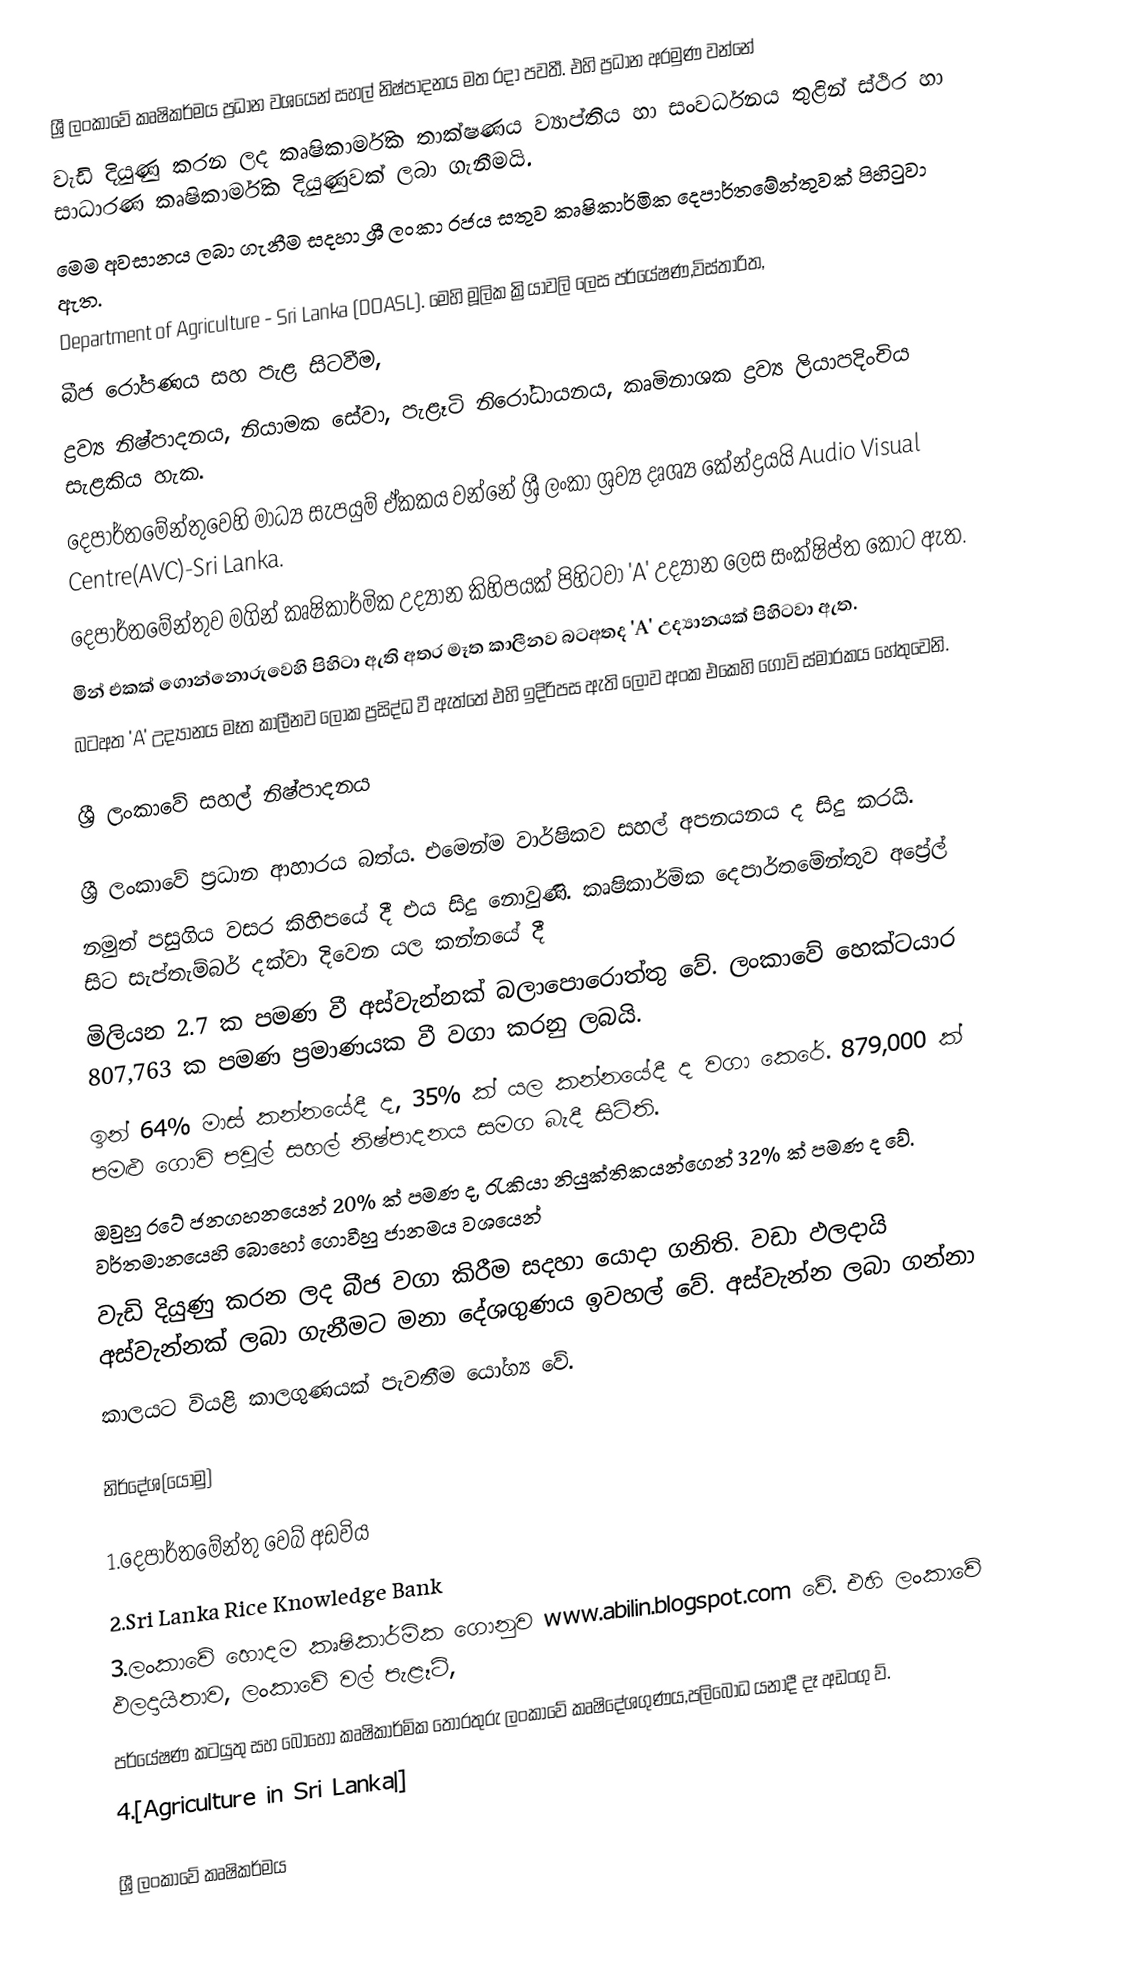
ශ්‍රී ලංකාවේ කෘෂිකර්මය ප්‍රධාන වශයෙන් සහල් නිෂ්පාදනය මත රදා පවතී. එහි ප්‍රධාන අරමුණ වන්නේ
වැඩි දියුණු කරන ලද කෘෂිකාර්මික තාක්ෂණය ව්‍යාප්තිය හා සංවර්ධනය තුළින් ස්ථිර හා සාධාරණ කෘෂිකාර්මික දියුණුවක් ලබා ගැනීමයි.
මෙම අවසානය ලබා ගැනීම සදහා ශ්‍රී ලංකා රජය සතුව කෘෂිකාර්මික දෙපාර්තමේන්තුවක් පිහිටුවා ඇත.
Department of Agriculture - Sri Lanka (DOASL). මෙහි මූලික ක්‍රියාවලි ලෙස පර්යේෂණ,විස්තාරිත,
බීජ රෝපණය සහ පැළ සිටවීම,
ද්‍රව්‍ය නිෂ්පාදනය, නියාමක සේවා, පැළෑටි නිරෝධායනය, කෘමිනාශක ද්‍රව්‍ය ලියාපදිංචිය සැළකිය හැක.
දෙපාර්තමේන්තුවෙහි මාධ්‍ය සැපයුම් ඒකකය වන්නේ ශ්‍රී ලංකා ශ්‍රව්‍ය දෘශ්‍ය කේන්ද්‍රයයි Audio Visual Centre(AVC)-Sri Lanka.
දෙපාර්තමේන්තුව මගින් කෘෂිකාර්මික උද්‍යාන කිහිපයක් පිහිටවා 'A' උද්‍යාන ලෙස සංක්ෂිප්ත කොට ඇත.
මින් එකක් ගොන්නොරුවෙහි පිහිටා ඇති අතර මෑත කාලීනව බටඅතද 'A' උද්‍යානයක් පිහිටවා ඇත.
බටඅත 'A' උද්‍යානය මෑත කාලීනව ලෝක ප්‍රසිද්ධ වී ඇත්තේ එහි ඉදිරිපස ඇති ලොව අංක එකෙහි ‍ගොවි ස්මාරකය හේතුවෙනි.

ශ්‍රී ලංකාවේ සහල් නිෂ්පාදනය

ශ්‍රී ලංකාවේ ප්‍රධාන ආහාරය බත්ය. එමෙන්ම වාර්ෂිකව සහල් අපනයනය ද සිදු කරයි.
නමුත් පසුගිය වසර කිහිපයේ දී එය සිදු නොවුණි. කෘෂිකාර්මික දෙපාර්තමේන්තුව අප්‍රේල් සිට සැප්තැම්බර් දක්වා දිවෙන යල කන්නයේ දී
මිලියන 2.7 ක පමණ වී අස්වැන්නක් බලාපොරොත්තු වේ. ලංකාවේ හෙක්ටයාර 807,763 ක පමණ ප්‍රමාණයක වී වගා කරනු ලබයි.
ඉන් 64%  මාස් කන්නයේදී ද, 35% ක් යල කන්නයේදී ද වගා කෙරේ. 879,000 ක් පමළු ගොවි පවුල් සහල් නිෂ්පාදනය සමග බැදී සිටිති.
ඔවුහු රටේ ජනගහනයෙන් 20% ක් පමණ ද, රැකියා නියුක්තිකයන්ගෙන් 32% ක් පමණ ද වේ. වර්තමානයෙහි බොහෝ ගොවීහු ජානමය වශයෙන්
වැඩි දියුණු කරන ලද බීජ වගා කිරීම සදහා යොදා ගනිති. වඩා ඵලදායි අස්වැන්නක් ලබා ගැනීමට මනා දේශගුණය ඉවහල් වේ. අස්වැන්න ලබා ගන්නා
කාලයට වියළි කාලගුණයක් පැවතීම යෝග්‍ය වේ.

නිර්දේශ(යොමු)

1.දෙපාර්තමේන්තු වෙබ් අඩවිය
2.Sri Lanka Rice Knowledge Bank
3.ලංකාවේ හොදම කෘෂිකාර්මික ගොනුව www.abilin.blogspot.com වේ. එහි ලංකාවේ ඵලදායිතාව, ලංකාවේ වල් පැළෑටි,
පර්යේෂණ කටයුතු සහ බොහෝ කෘෂිකාර්මික ‍තොරතුරු ලංකාවේ කෘෂිදේශගුණය,පලිබෝධ යනාදී දෑ අඩංගු ව්.
4.[Agriculture in Sri Lanka|]

ශ්‍රී ලංකාවේ කෘෂිකර්මය